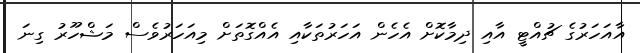
އާއަހަރުގެ ޗުއްޓީ އާއި ދިމާކޮށް އެހެން އަހަރުތަކާއި އެއްގޮތަށް މިއަހަރުވެސް މަޝްހޫރު ގިނަ